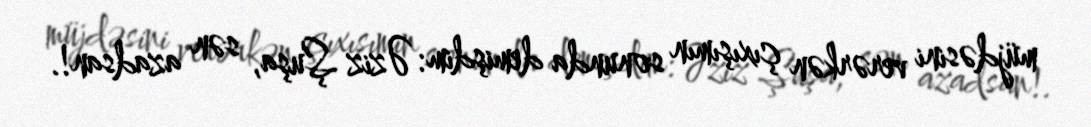
müjdəsini verərkən çıxışımın sonunda demişdim: Əziz Şuşa, sən azadsan!.